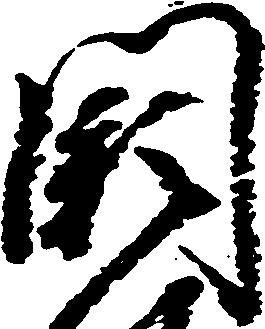
闕